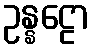
ဥန္နဠော